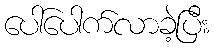
ပေါ်ပေါက်လာခဲ့ပြီး